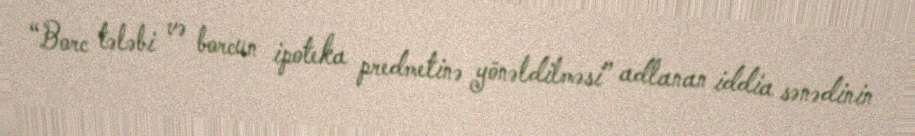
“Borc tələbi və borcun ipoteka predmetinə yönəldilməsi” adlanan iddia sənədinin